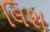
લિશ